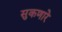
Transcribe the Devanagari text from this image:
सुकणारे